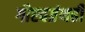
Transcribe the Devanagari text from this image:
गौरवग्रंथही